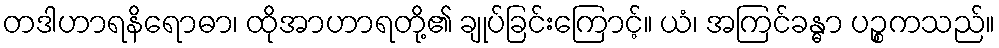
တဒါဟာရနိရောဓာ၊ ထိုအာဟာရတို့၏ ချုပ်ခြင်းကြောင့်။ ယံ၊ အကြင်ခန္ဓာ ပဉ္စကသည်။